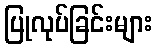
ပြုလုပ်ခြင်းများ